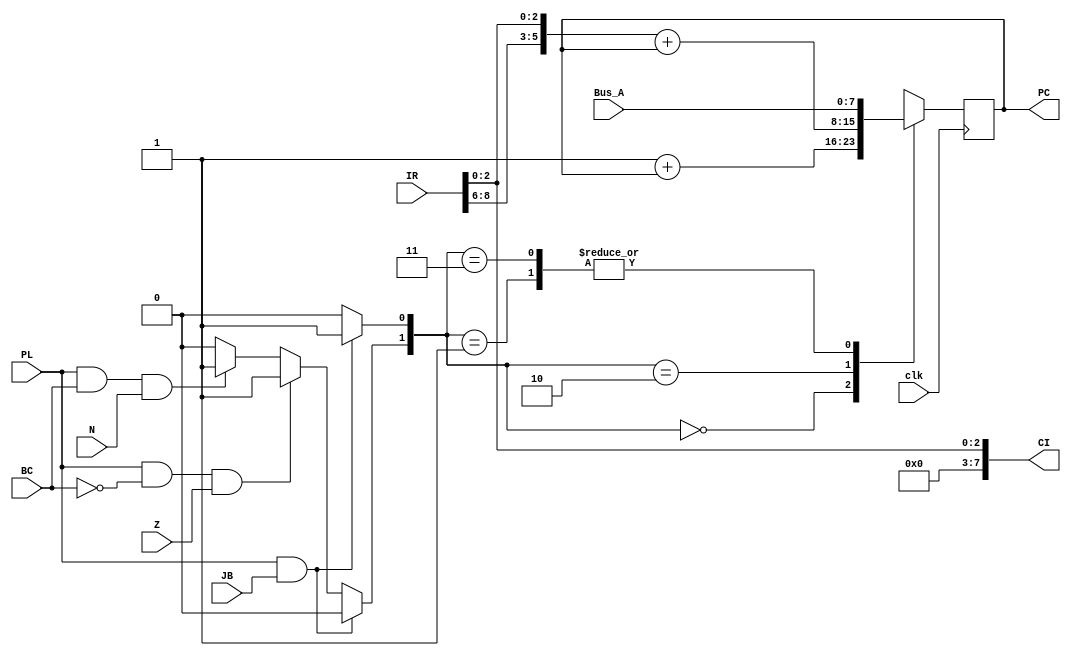
module branch_control(PL,JB,BC,N,Z,IR,Bus_A,PC,clk,CI);
input PL,JB,BC,N,Z,clk;
input [15:0] IR;
input [7:0] Bus_A;
output [7:0] PC,CI;
reg [7:0] PC,M1,M2,A_out,constant,CI;
reg S1,S2;

always @(*) begin
	constant={IR[8:6],IR[2:0]};
	CI={4'b0000,IR[2:0]};
	if(PL==1&JB==1)
		begin 
		S1=0;
		S2=1;
		end
	else	if(PL==1&BC==0&Z==1)
		begin 
		S1=1;
		S2=0;
		end
	else if(PL==1&BC==1&N==1)
		begin
		S1=1;
		S2=0;
		end
	else
		begin
		S1=0;
		S2=0;
		end
end
always @(posedge clk) begin
case({S1,S2})
	2'b00:
		begin
		M1=8'b00000001;
		A_out=M1+PC;
		PC=A_out;
		end
	2'b01:
		begin
		M1=8'b00000001;
		A_out=M1+PC;
		PC=Bus_A;
		end
	2'b10:
		begin
		M1=constant;
		A_out=M1+PC;
		PC=A_out;
		end
	2'b11:
		begin
		M1=constant;
		A_out=M1+PC;
		PC=Bus_A;
		end
endcase
end
endmodule